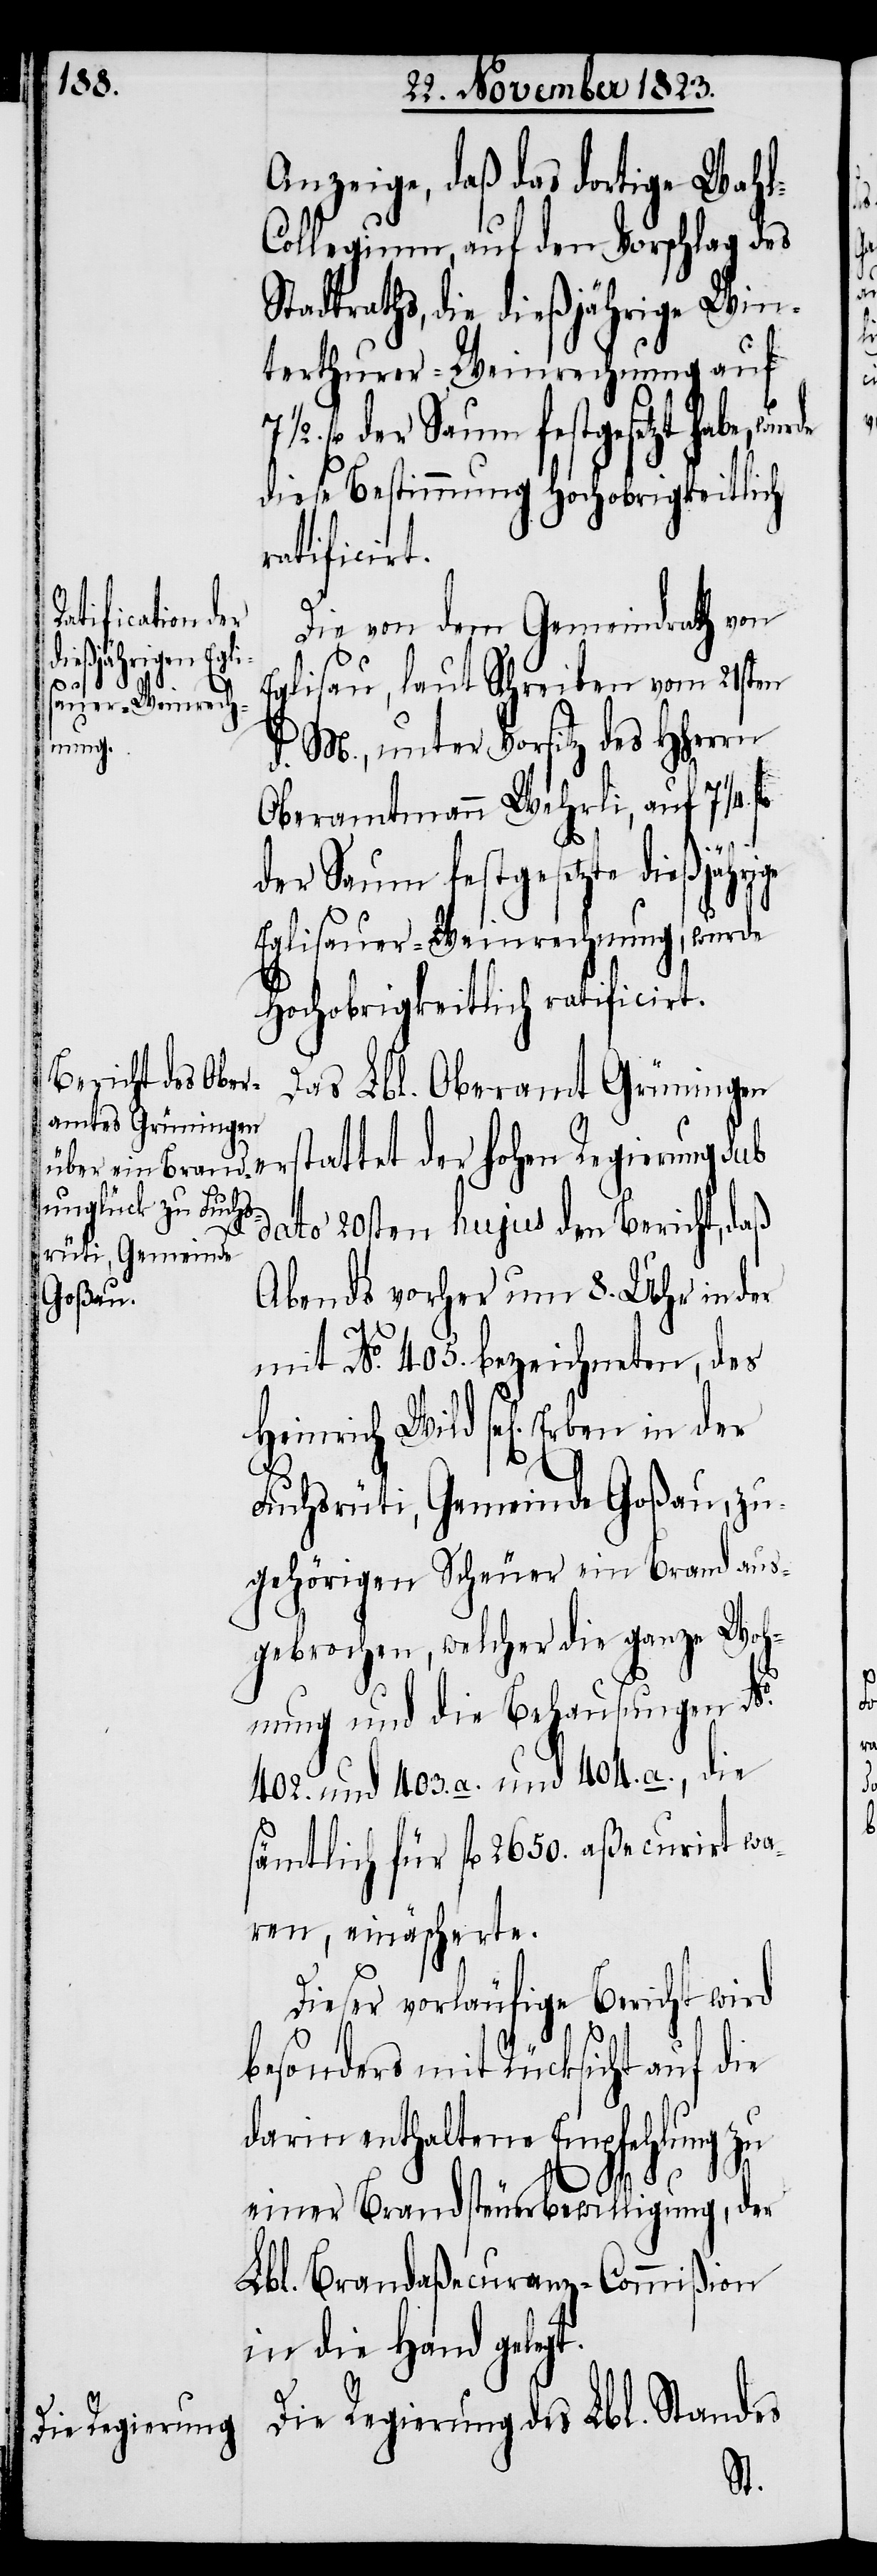
Anzeige, daß das dortige Wah¬
ollegium, auf den Vorschlag des
Stadtraths, die dießjährige Win¬
terthurer-Weinrechnung auf
stattet der hohen Regierung
diese Bestimmung hochobrigkeitlich
ratificirt.
Die von dem Gemeindrath von
Eglisau, laut Schreiben vom 21sten
d. M., unter Vorsitz des HHerrn
Oberamtmann Wehrli, auf 7 ¼
er¬
der Saum festgesetzte dießjährige
Eglisauer-Weinrechnung, wurde
hochobrigkeitlich ratificirt.
Das Lbl. Oberamt Grüningen
dato 20sten hujus den Bericht, daß
Abends vorher um 8. Uhr in der
mit No. 405. bezeichneten, des
Heinrich Wild sel[ig] Erben in
Fuchsrüti, Gemeinde Goßau, zu¬
gehörigen Scheuer ein Brand aus¬
gebrochen, welcher die ganze Woh¬
nung und die Behausungen No.
402. und 403. a. und 404. a., die
sämtlich für fl 2650. aßecurirt wa¬
ren, einäscherte.
Dieser vorläufige Bericht wird
besonders mit Rücksicht auf die
darin enthaltene Empfehlung zu
einer Brandsteuerbewilligung, der
Lbl. Brandaßecuranz-Commißion
in die Hand gelegt.
Die Regierung des Lbl. Standes